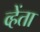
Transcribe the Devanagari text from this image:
व्हेंता